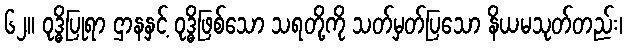
၆၂။ ဝုဒ္ဓိပြုရာ ဌာနနှင့် ဝုဒ္ဓိဖြစ်သော သရတို့ကို သတ်မှတ်ပြသော နိယမသုတ်တည်း၊